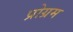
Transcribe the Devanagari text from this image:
प्रोग्रम